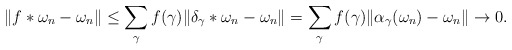
\begin{align*}\Vert f*\omega_n-\omega_n\Vert\leq\sum_\gamma f(\gamma)\Vert \delta_\gamma*\omega_n-\omega_n\Vert=\sum_\gamma f(\gamma)\Vert \alpha_\gamma(\omega_n)-\omega_n\Vert\rightarrow 0.\end{align*}